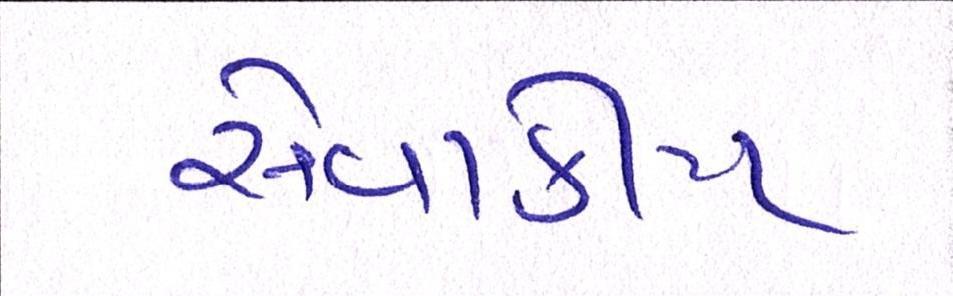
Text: સેવાકીય